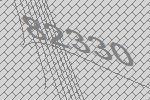
82330